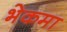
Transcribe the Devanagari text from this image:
भेकमा